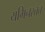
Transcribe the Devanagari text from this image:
यमिनस्तत्